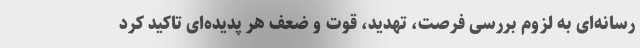
رسانه‌ای به لزوم بررسی فرصت، تهدید، قوت و ضعف هر پدیده‌ای تاکید کرد